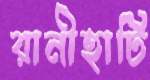
রানীহাটি